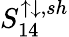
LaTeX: S_{14}^{\uparrow\downarrow,sh}